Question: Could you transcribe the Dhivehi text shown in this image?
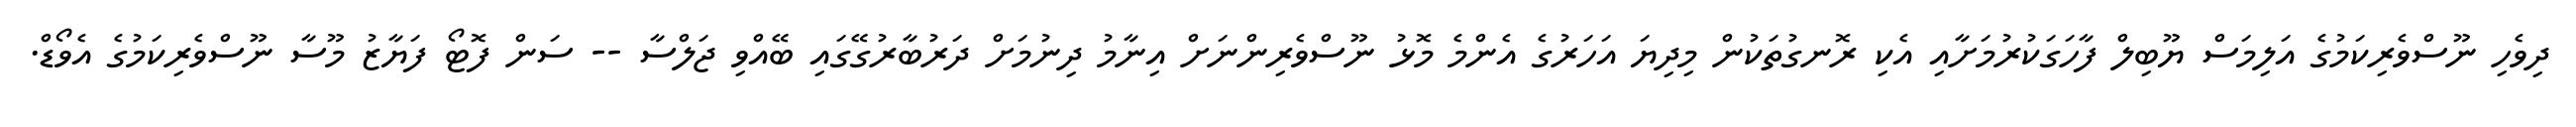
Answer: ދިވެހި ނޫސްވެރިކަމުގެ އަލިމަސް ޔޫބިލް ފާހަގަކުރުމަށާއި އެކި ރޮނގުތަކުން މިދިޔަ އަހަރުގެ އެންމެ މޮޅު ނޫސްވެރިންނަށް އިނާމު ދިނުމަށް ދަރުބާރުގޭގައި ބޭއްވި ޖަލްސާ -- ސަން ފޮޓޯ ފަޔާޒު މޫސާ ނޫސްވެރިކަމުގެ އެވޯޑް.